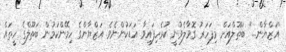
''އަޒްޔާން...'' ބަތޫލްއަށް މިފަހަރު ގޮވާލެވުނީ ކުރެހިފައިވާ އަޑަކުންނެވެ. އަޒްޔާންގެ ހިމޭންކަމުން ބަތޫލްގެ ހީތައް